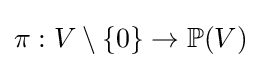
\pi :V\setminus \{0\}\to \mathbb {P} (V)